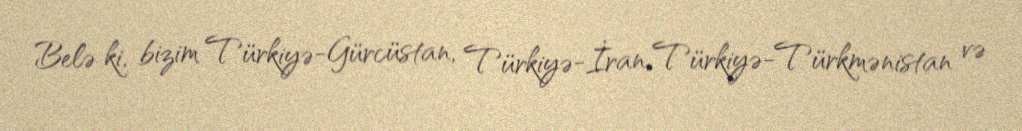
Belə ki, bizim Türkiyə-Gürcüstan, Türkiyə-İran, Türkiyə-Türkmənistan və